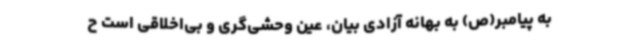
به پیامبر(ص) به‌ بهانه آزادی بیان، عین وحشی‌گری و بی‌اخلاقی است ح